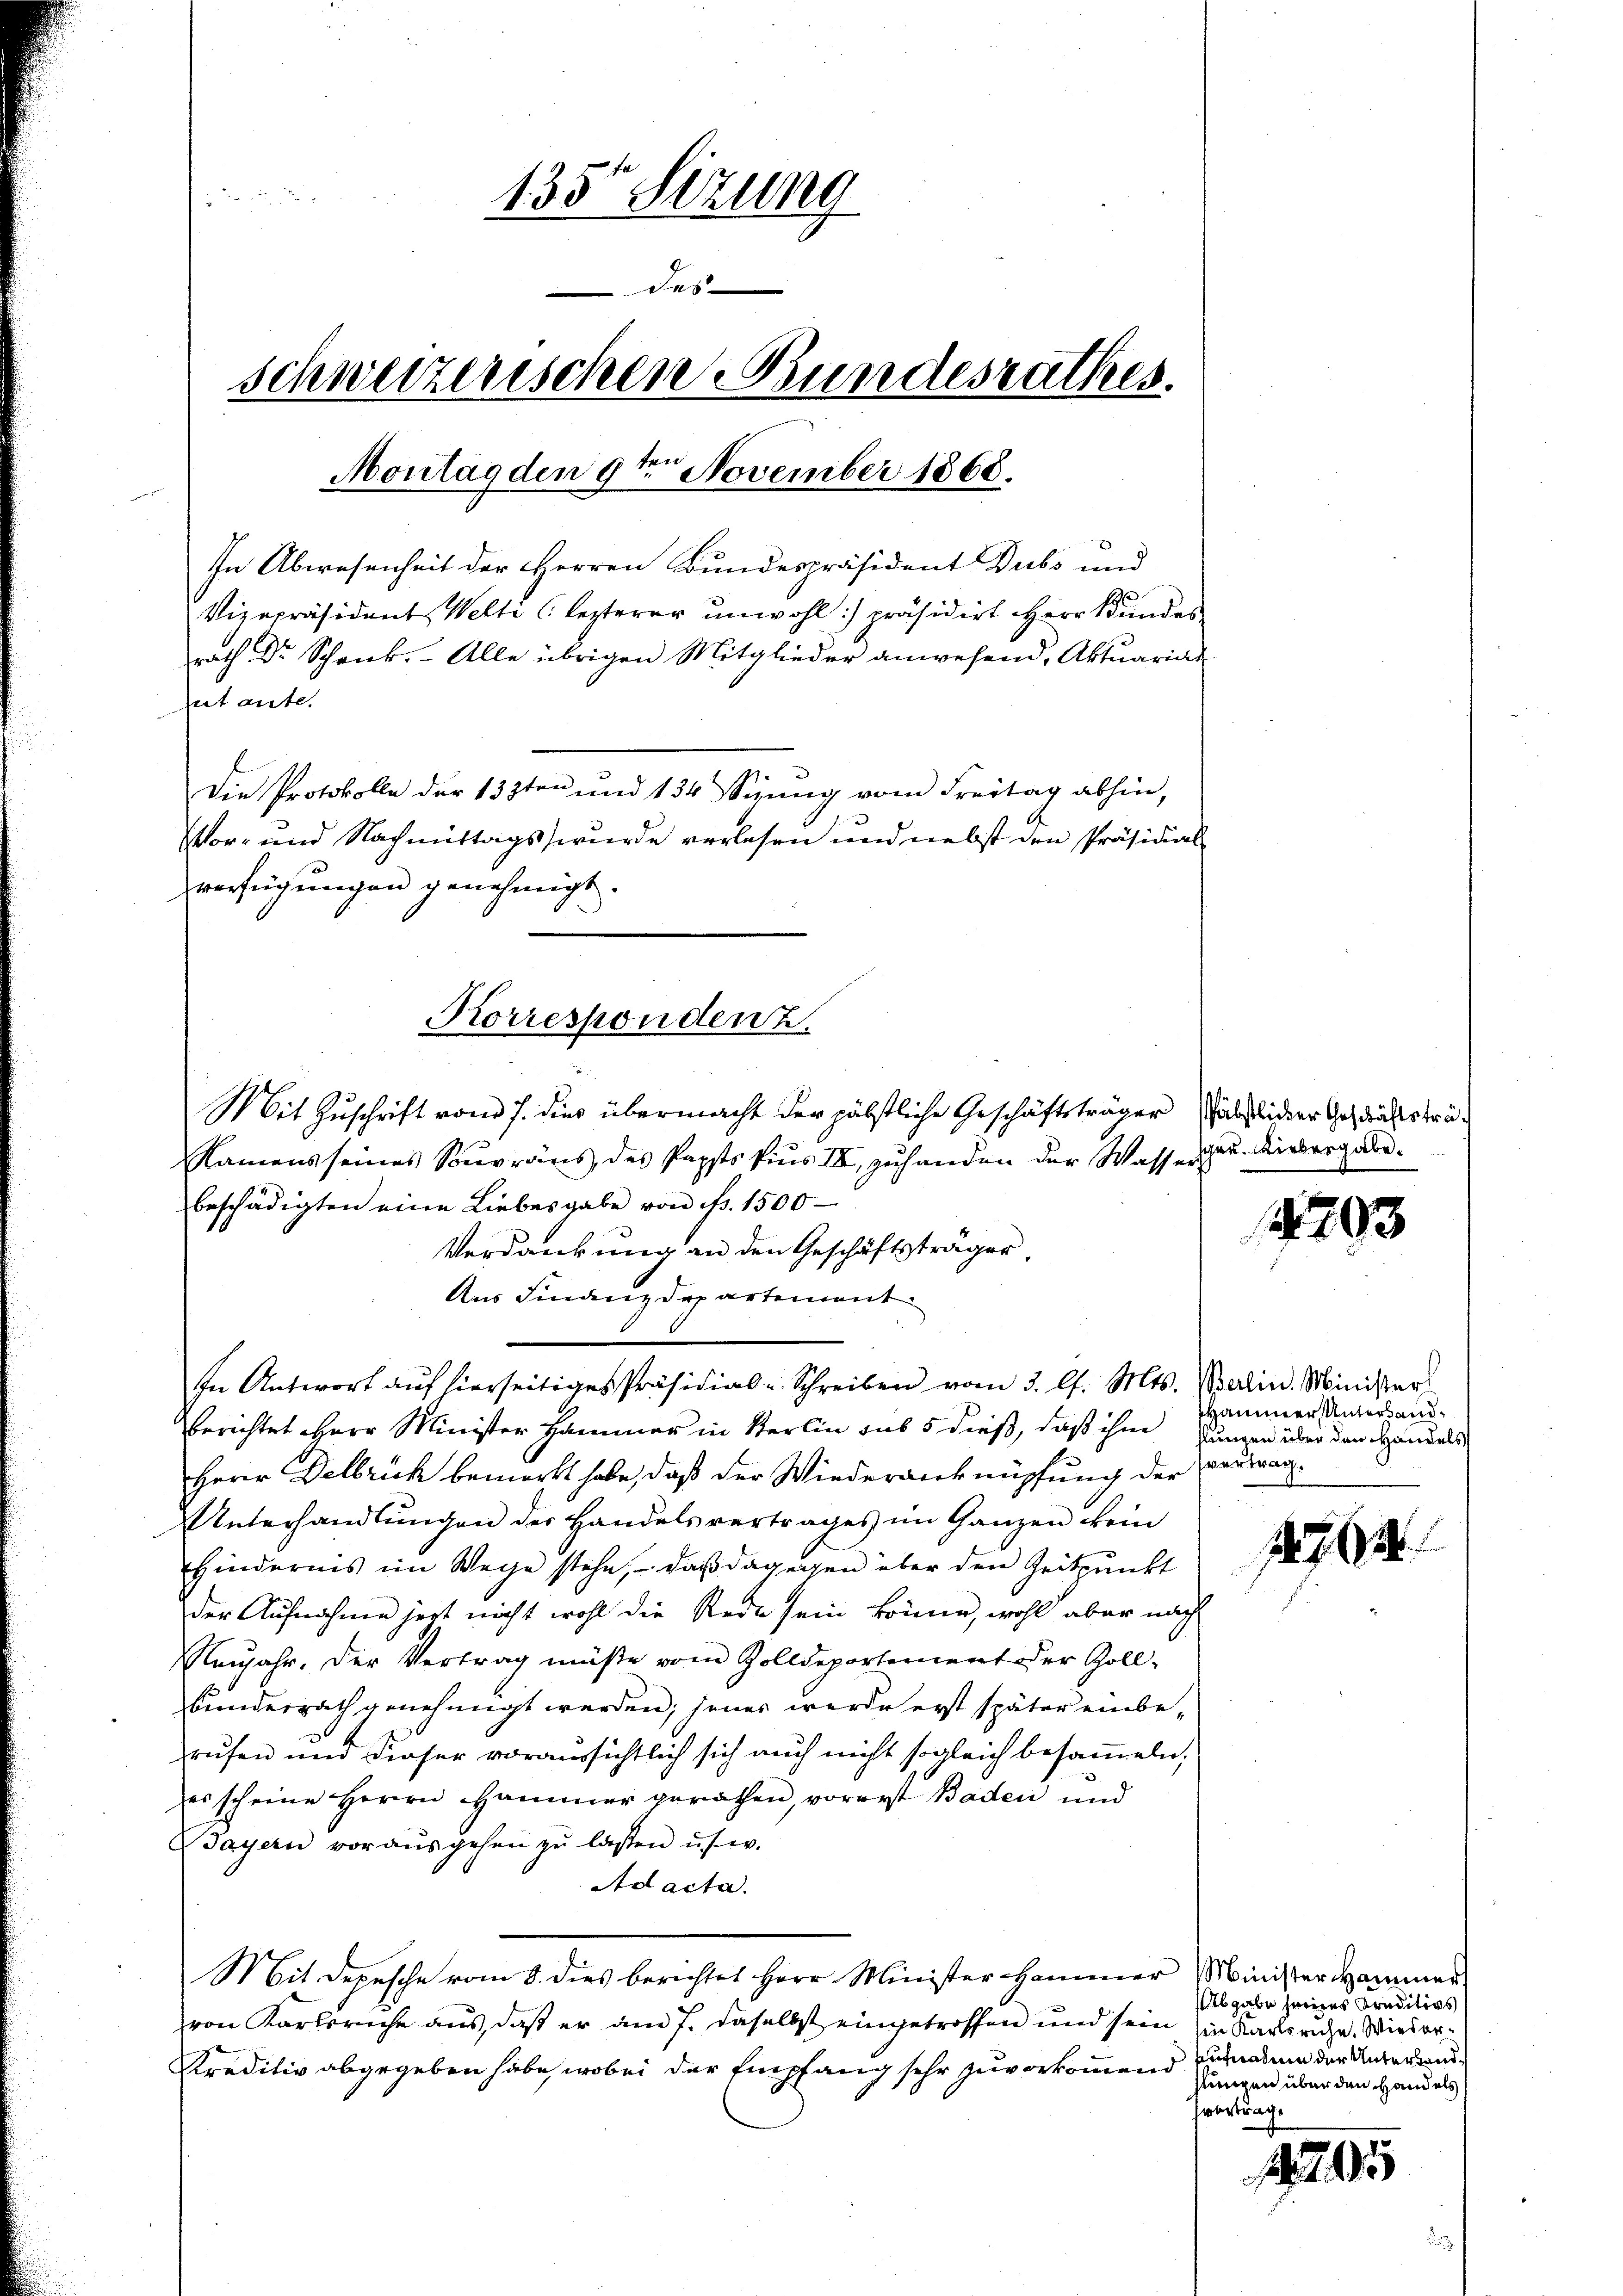
135te Sitzung
des
schweizerischen Bundesrathes.
te
Montag den 9te͇n November 1868.
In Abwesenheit der Herren Bundespräsident Dubs und
Vizepräsident Welti (lezterer unwohl) präsidirt Herr Bundes,
rath Dr Schreck. Alle übrigen Mitglieder anwesend, Aktuariat
Zutante.
Die Protokolle der 133ten und 134 Sizung vom Freitag abhin,
Vor- und Nachmittags, wurde verlesen und nebst den Präsidial
verfügŭngen genehmigt.

Namens seines Souvraus, des Papstspius III, zuhanden der Wasses au. Liebergerbeschädigten eine Liebesgabe von Fr. 1500
Verdankung an den Geschäftsträger
Aus Finanzdepartement
In Antwort auf hierseitiges Präsidial-Schreiben vom 3. l. Mts. Balin. Minister
berichtet Herr Minister Hammer in Sterlin sus 5 dieß, daß ihm stungen über den Handels
Herr Delbrich bemerkt habe, daß der Wiederverknüpfung der vortrag¬
Unterhandlŭngen der Handelsvertrages im Ganzen kein
Hindernis im Wege stehe, daß dagegen über den Zeitpunkt
der Aufnahme jezt nicht wohl die Rede sein könne, wohl aber nach
Neŭjahr. Der Vertrag müße vom Zolldepartement der Zoll-
bundesrath genehmigt werden; jenes werde erst später einberufen und dieser voraussichtlich sich auch nicht sogleich besammeln,
es scheine Herrn Hammer gerathen, vorerst Baden und
Bayern vor aŭsgehen zŭ lassen usw.
Ad acta.
Mit Depesche vom 8. dies berichtet Herr Minister Hammer Ministersammer
von Karlsriche aus, daß er am 7. daselbst eingetroffen und sein Ein Karlsruhe. Wieder¬
Kreditiv abgegeben habe, wobei der Empfang sehr zuvorkommen jungen über den Handels

Korresponden 2.
Mit Zuschrift vom 7. dies übermacht der päbstliche Geschäftsträger allieder Geschäftsträ¬

1

793

Hammer, Untersand¬

147. 624.

Abgabe seines Praditivs
Aufnahme der Unterhandvortrag.

1295